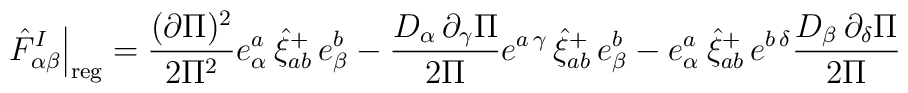
\left. \hat{F}_{\alpha \beta }^I\right| _{{\rm reg}}=\frac{(\partial \Pi )^2}{2\Pi ^2}e_\alpha ^{a\,}\,\hat{\xi}_{ab}^{+}\,e_\beta ^{b\,}-\frac{D_\alpha\,\partial _\gamma \Pi }{2\Pi }e^{a\,\gamma }\,\hat{\xi}_{ab}^{+}\,e_\beta^b-e_\alpha ^{a\,}\,\hat{\xi}_{ab}^{+}\,e^{b\,\delta }\frac{D_\beta\,\partial _\delta \Pi }{2\Pi }